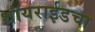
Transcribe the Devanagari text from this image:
थॉयराईडचा